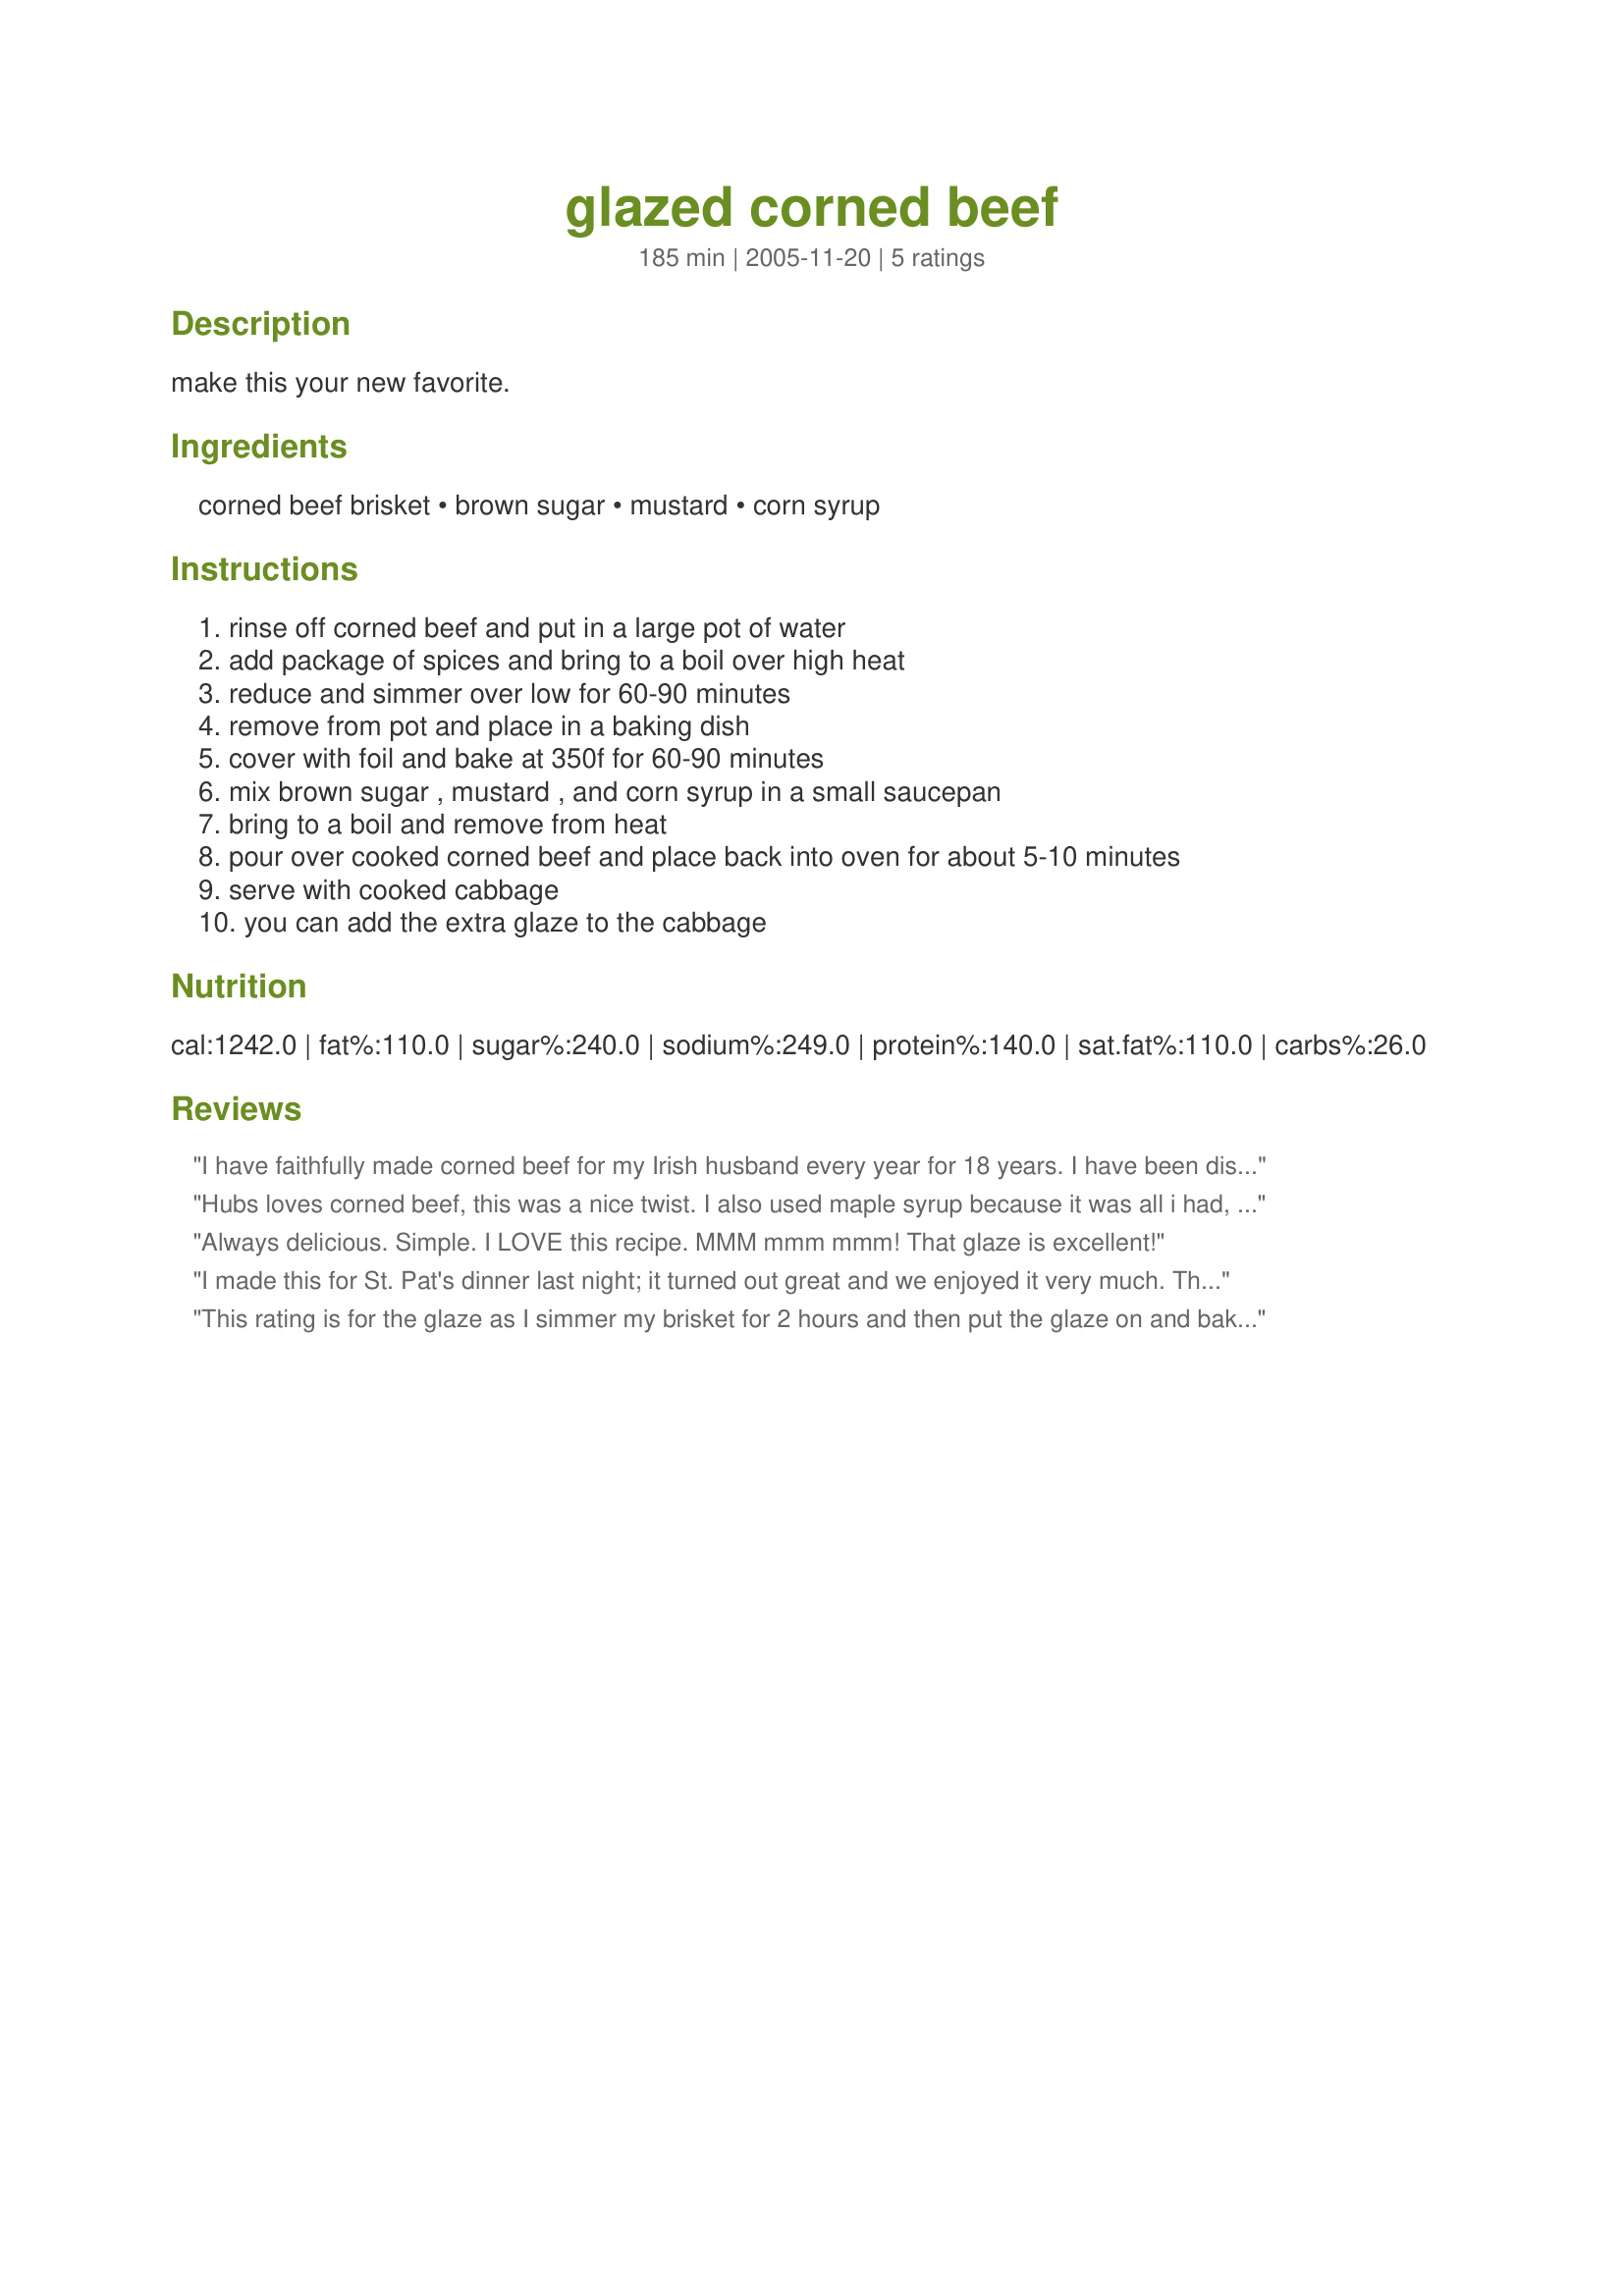
glazed corned beef
Preparation time: 185 minutes

make this your new favorite.

Ingredients:
corned beef brisket, brown sugar, mustard, corn syrup

Steps:
rinse off corned beef and put in a large pot of water, add package of spices and bring to a boil over high heat, reduce and simmer over low for 60-90 minutes, remove from pot and place in a baking dish, cover with foil and bake at 350f for 60-90 minutes, mix brown sugar , mustard , and corn syrup in a small saucepan, bring to a boil and remove from heat, pour over cooked corned beef and place back into oven for about 5-10 minutes, serve with cooked cabbage, you can add the extra glaze to the cabbage

Reviews:
I have faithfully made corned beef for my Irish husband every year for 18 years. I have been disappointed with each and every one of them until this year when I tried this cooking method. I am going to be honest and tell you that I did not use the glaze for the first time, although I think I will try it next time. What I am mainly writing about is the cooking method. This makes the absolute best corned beef! Please try this the next time you want corned beef. For the first time in my life, the corned beef was not overly greasy and the flavor was incredible. Thanks so much for posting this!
KCShell
Hubs loves corned beef, this was a nice twist. I also used maple syrup because it was all i had, and I increased the mustard to suit our tastes. Even my picky son liked it.
Always delicious. Simple. I LOVE this recipe. MMM mmm mmm! That glaze is excellent!
I made this for St. Pat's dinner last night; it turned out great and we enjoyed it very much. Thank you for sharing this recipe!
This rating is for the glaze as I simmer my brisket for 2 hours and then put the glaze on and bake- I don't want to mess with what works for me. I subbed light pancake syrup for the corn syrup and it came out just delicious! Will use this whenever I make corned beef because everyone said it was so good! Thank you AFWifey.
